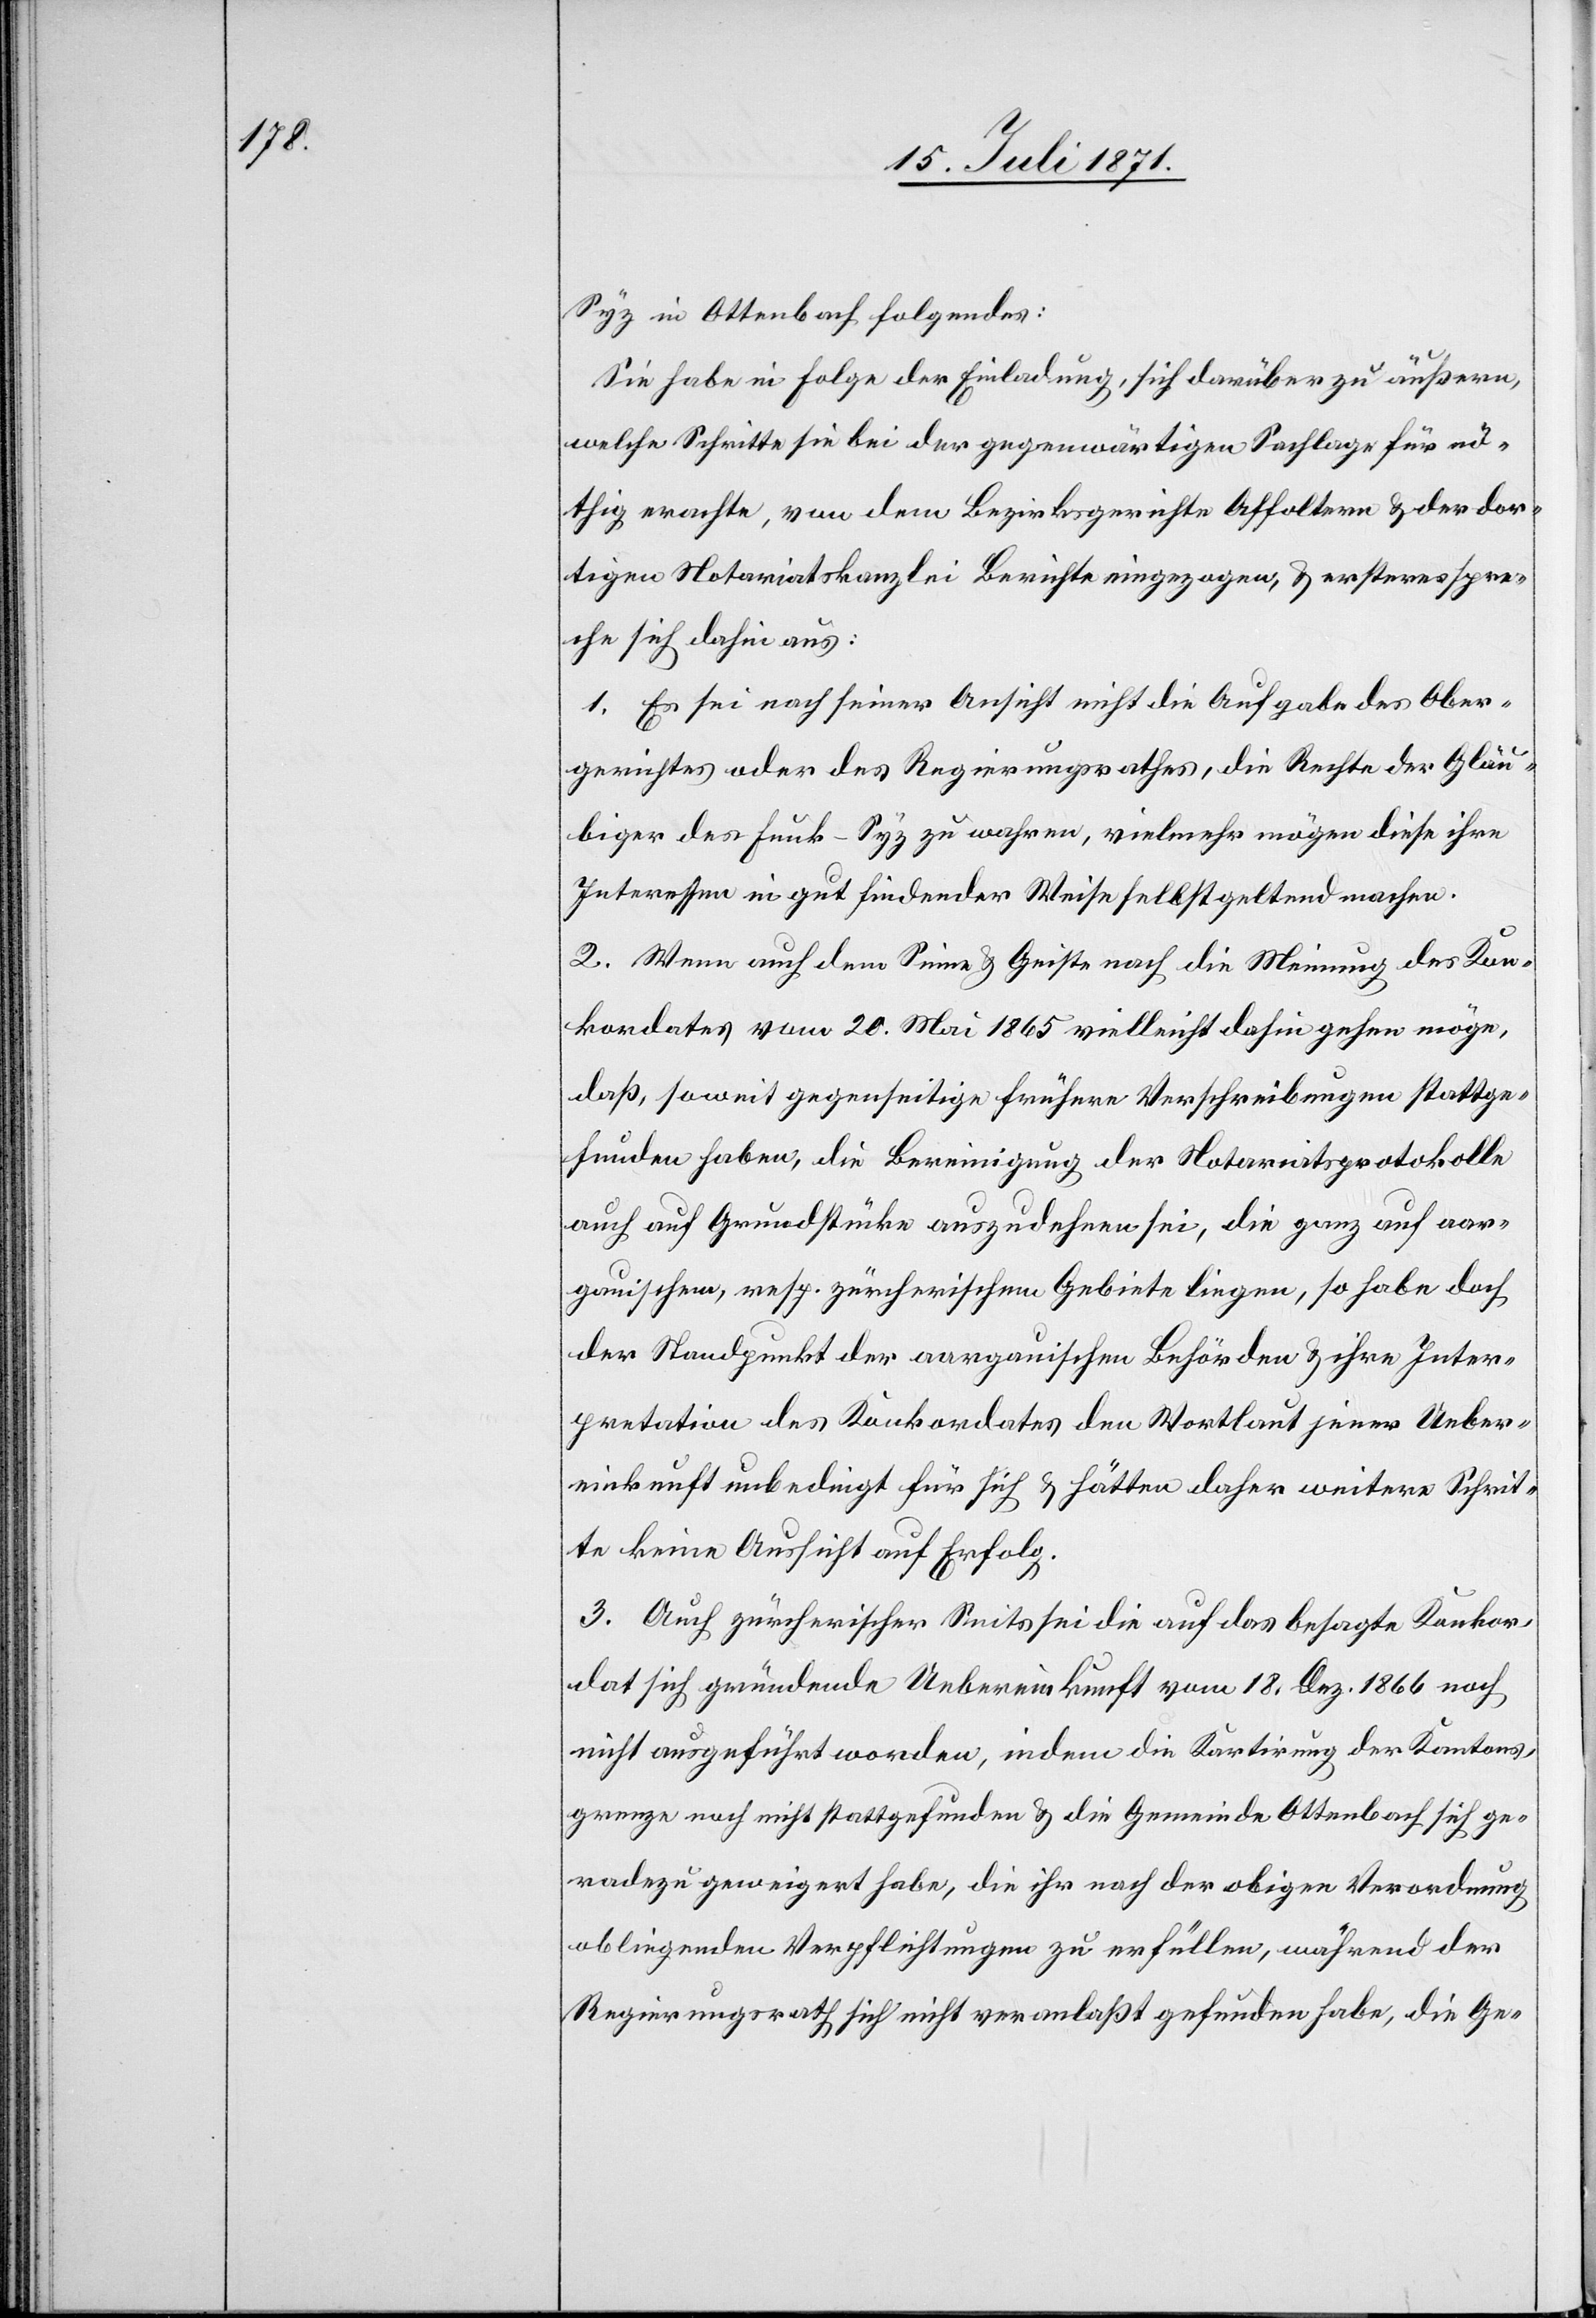
Syz in Ottenbach folgendes:
Sie habe in Folge der Einladung, sich darüber zu äußern,
welche Schritte sie bei der gegenwärtigen Sachlage für nö¬
thig erachte, von dem Bezirksgerichte Affoltern u. der dor¬
tigen Notariatskanzlei Berichte eingezogen, u. ersteres spre¬
che sich dahin aus:
1. Es sei nach seiner Ansicht nicht die Aufgabe des Ober¬
gerichtes oder des Regierungsrathes, die Rechte der Gläu¬
biger des Funk-Syz zu wahren, vielmehr mögen diese ihre
Interessen in gut findender Weise selbstgeltend machen.
2. Wenn auch dem Sinne u. Geiste nach die Meinung des Kon¬
kordates vom 20. Mai 1865 vielleicht dahin gehen möge,
daß, soweit gegenseitige frühere Verschreibungen stattge¬
funden haben, die Bereinigung der Notariatsprotokolle
auch auf Grundstücke auszudehnen sei, die ganz auf aar¬
gauischem, resp. zürcherischem Gebiete liegen, so habe doch
der Standpunkt der aargauischen Behörden u. ihre Inter¬
pretation des Konkordates den Wortlaut jener Ueber¬
einkunft unbedingt für sich u. hätten daher weitere Schrit¬
te keine Aussicht auf Erfolg.
3. Auch zürcherischer Seits sei die auf das besagte Konkor¬
dat sich gründende Uebereinkunft vom 18. Dez. 1866 noch
nicht ausgeführt worden, indem die Kartirung der Kantons¬
grenze noch nicht stattgefunden u. die Gemeinde Ottenbach sich ge¬
radezu geweigert habe, die ihr nach der obigen Verordnung
obliegenden Verpflichtungen zu erfüllen, während der
Regierungsrath sich nicht veranlaßt gefunden habe, die Ge-